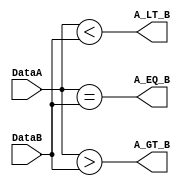
/******************************************************************************
 ** Logisim goes FPGA automatic generated Verilog code                       **
 **                                                                          **
 ** Component : Comparator                                                   **
 **                                                                          **
 ******************************************************************************/

`timescale 1ns/1ps
module Comparator( DataA,
                   DataB,
                   A_EQ_B,
                   A_GT_B,
                   A_LT_B);

   /***************************************************************************
    ** Here all module parameters are defined with a dummy value             **
    ***************************************************************************/
   parameter TwosComplement = 1;
   parameter NrOfBits = 1;


   /***************************************************************************
    ** Here the inputs are defined                                           **
    ***************************************************************************/
   input[NrOfBits-1:0]  DataA;
   input[NrOfBits-1:0]  DataB;

   /***************************************************************************
    ** Here the outputs are defined                                          **
    ***************************************************************************/
   output A_EQ_B;
   output A_GT_B;
   output A_LT_B;

   /***************************************************************************
    ** Here the internal wires are defined                                   **
    ***************************************************************************/
   wire s_signed_greater;
   wire s_signed_less;
   wire s_unsigned_greater;
   wire s_unsigned_less;

   assign s_signed_less      = ($signed(DataA) < $signed(DataB));
   assign s_unsigned_less    = (DataA < DataB);
   assign s_signed_greater   = ($signed(DataA) > $signed(DataB));
   assign s_unsigned_greater = (DataA > DataB);

   assign A_EQ_B = (DataA == DataB);
   assign A_GT_B = (TwosComplement==1) ? s_signed_greater : s_unsigned_greater;
   assign A_LT_B = (TwosComplement==1) ? s_signed_less : s_unsigned_less;

endmodule